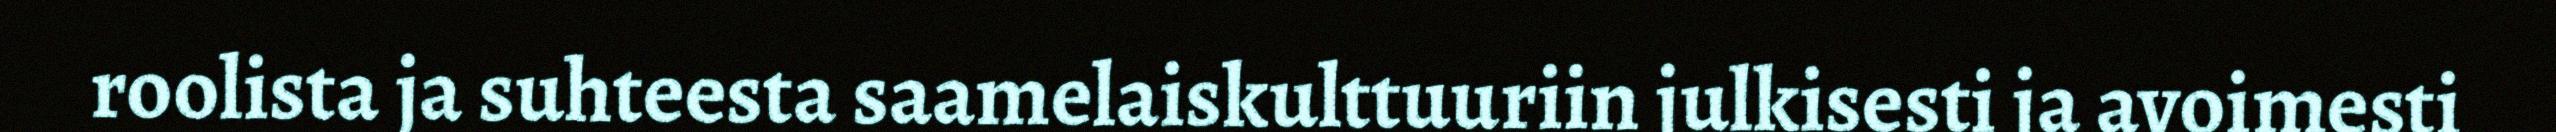
roolista ja suhteesta saamelaiskulttuuriin julkisesti ja avoimesti